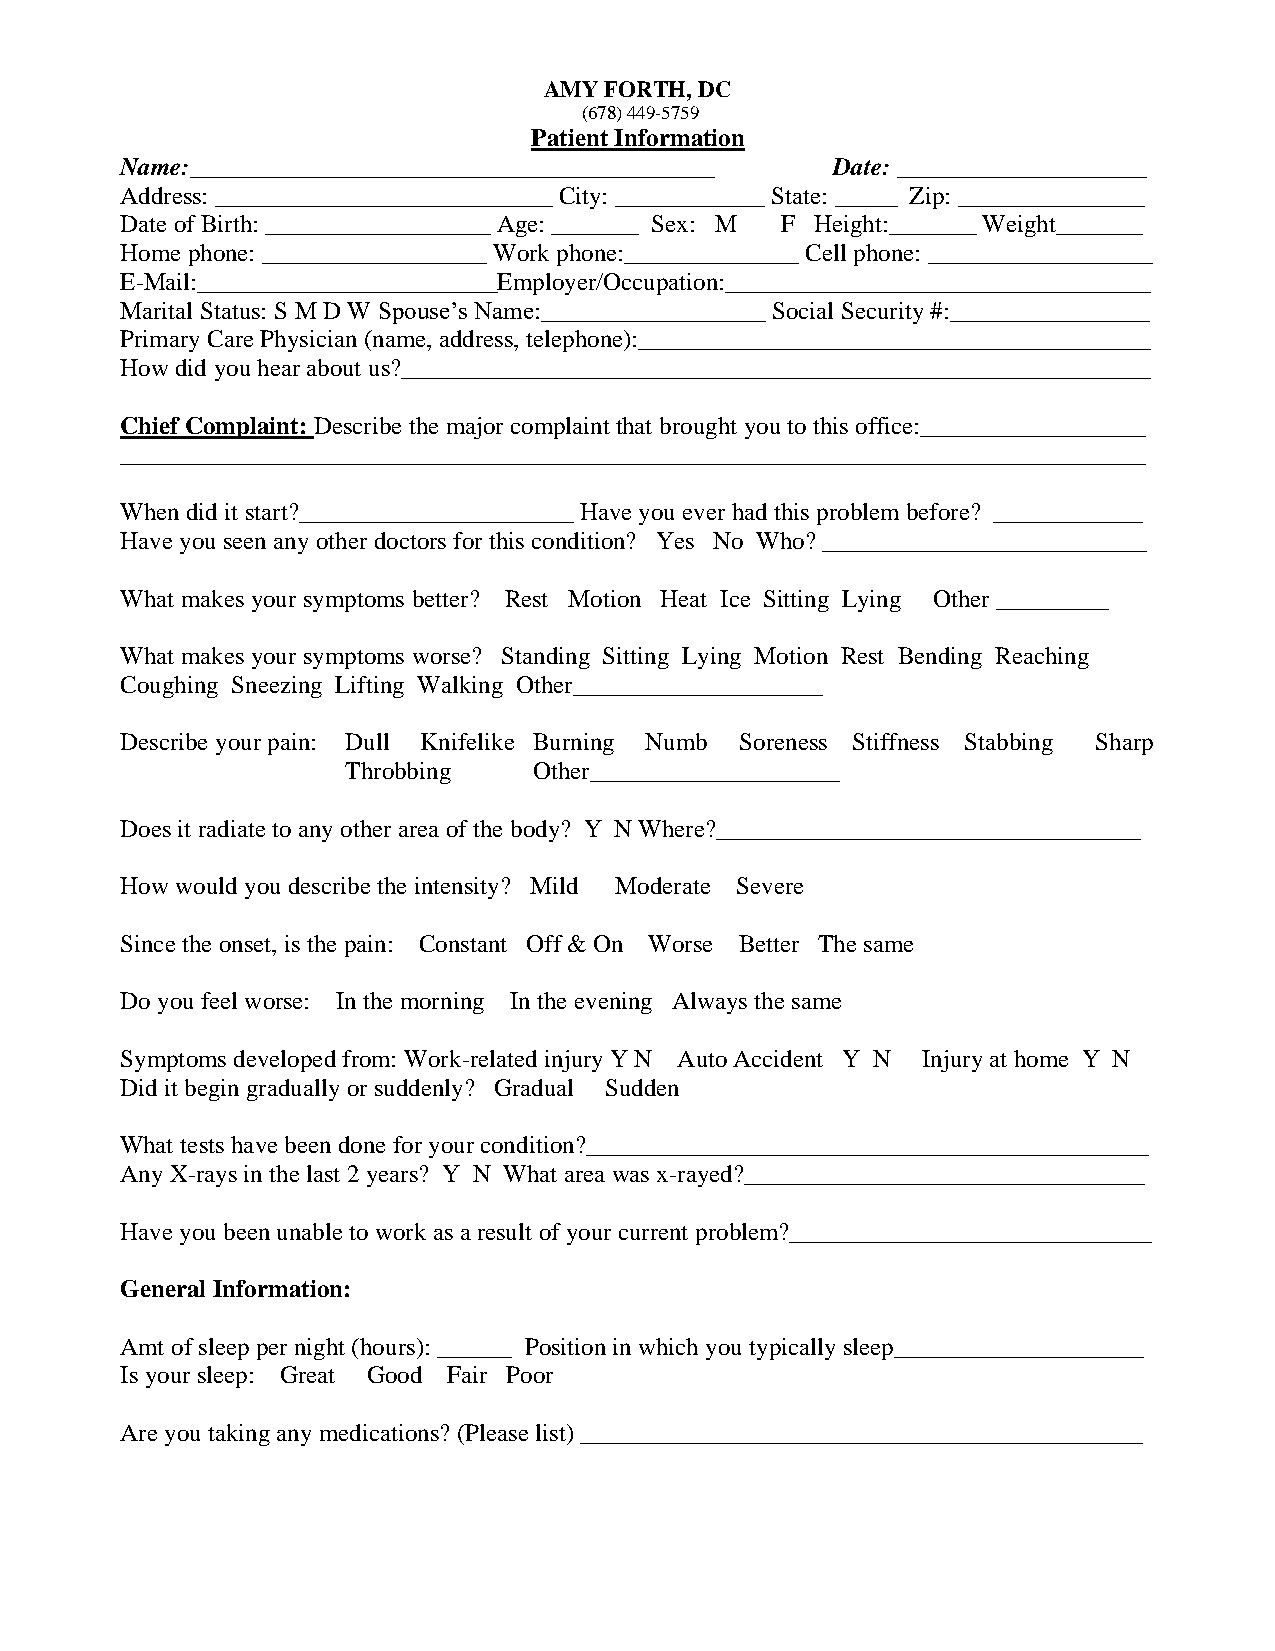
AMY FORTH, DC
 (678) 449-5759
 Patient Information
 Name:__________________________________________ Date: ____________________
 Address: ___________________________ City: ____________ State: _____ Zip: _______________
 Date of Birth: __________________ Age: _______ Sex: M F Height:_______ Weight_______
 Home phone: __________________ Work phone:______________ Cell phone: __________________
 E-Mail:________________________Employer/Occupation:__________________________________
 Marital Status: S M D W Spouse’s Name:__________________ Social Security #:________________
 Primary Care Physician (name, address, telephone):_________________________________________
 How did you hear about us?____________________________________________________________
 Chief Complaint: Describe the major complaint that brought you to this office:__________________
 __________________________________________________________________________________
 When did it start?______________________ Have you ever had this problem before? ____________
 Have you seen any other doctors for this condition? Yes No Who? __________________________
 What makes your symptoms better? Rest Motion Heat Ice Sitting Lying Other _________
 What makes your symptoms worse? Standing Sitting Lying Motion Rest Bending Reaching
 Coughing Sneezing Lifting Walking Other____________________
 Describe your pain: Dull Knifelike Burning Numb Soreness Stiffness Stabbing Sharp
 Throbbing   Other____________________
 Does it radiate to any other area of the body? Y N Where?__________________________________
 How would you describe the intensity? Mild Moderate Severe
 Since the onset, is the pain: Constant Off & On Worse Better The same
 Do you feel worse: In the morning In the evening Always the same
 Symptoms developed from: Work-related injury Y N Auto Accident Y N Injury at home Y N
 Did it begin gradually or suddenly? Gradual Sudden
 What tests have been done for your condition?_____________________________________________
 Any X-rays in the last 2 years? Y N What area was x-rayed?________________________________
 Have you been unable to work as a result of your current problem?_____________________________
 General Information:
 Amt of sleep per night (hours): ______ Position in which you typically sleep____________________
 Is your sleep: Great Good Fair Poor
 Are you taking any medications? (Please list) _____________________________________________